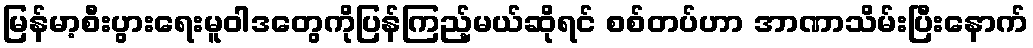
မြန်မာ့စီးပွားရေးမူဝါဒတွေကိုပြန်ကြည့်မယ်ဆိုရင် စစ်တပ်ဟာ အာဏာသိမ်းပြီးနောက်